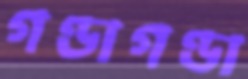
গণ্ডাগণ্ডা